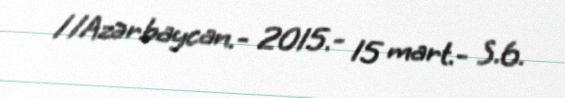
//Azərbaycan.- 2015.- 15 mart.- S.6.